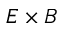
E \times B